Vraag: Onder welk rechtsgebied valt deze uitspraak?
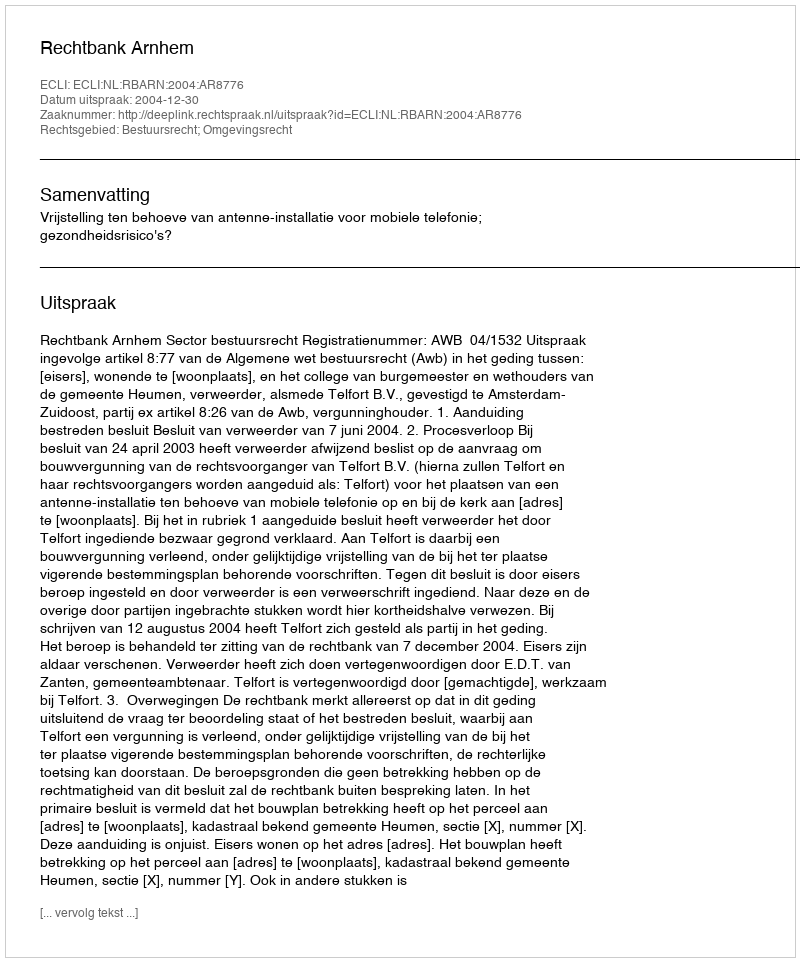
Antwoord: Bestuursrecht; Omgevingsrecht